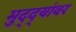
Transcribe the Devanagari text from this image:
मुद्‌द्‌यांवर